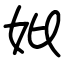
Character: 妣